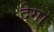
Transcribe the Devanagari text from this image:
देगो